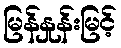
မြန်နှုန်းမြင့်